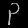
Digit: ၃